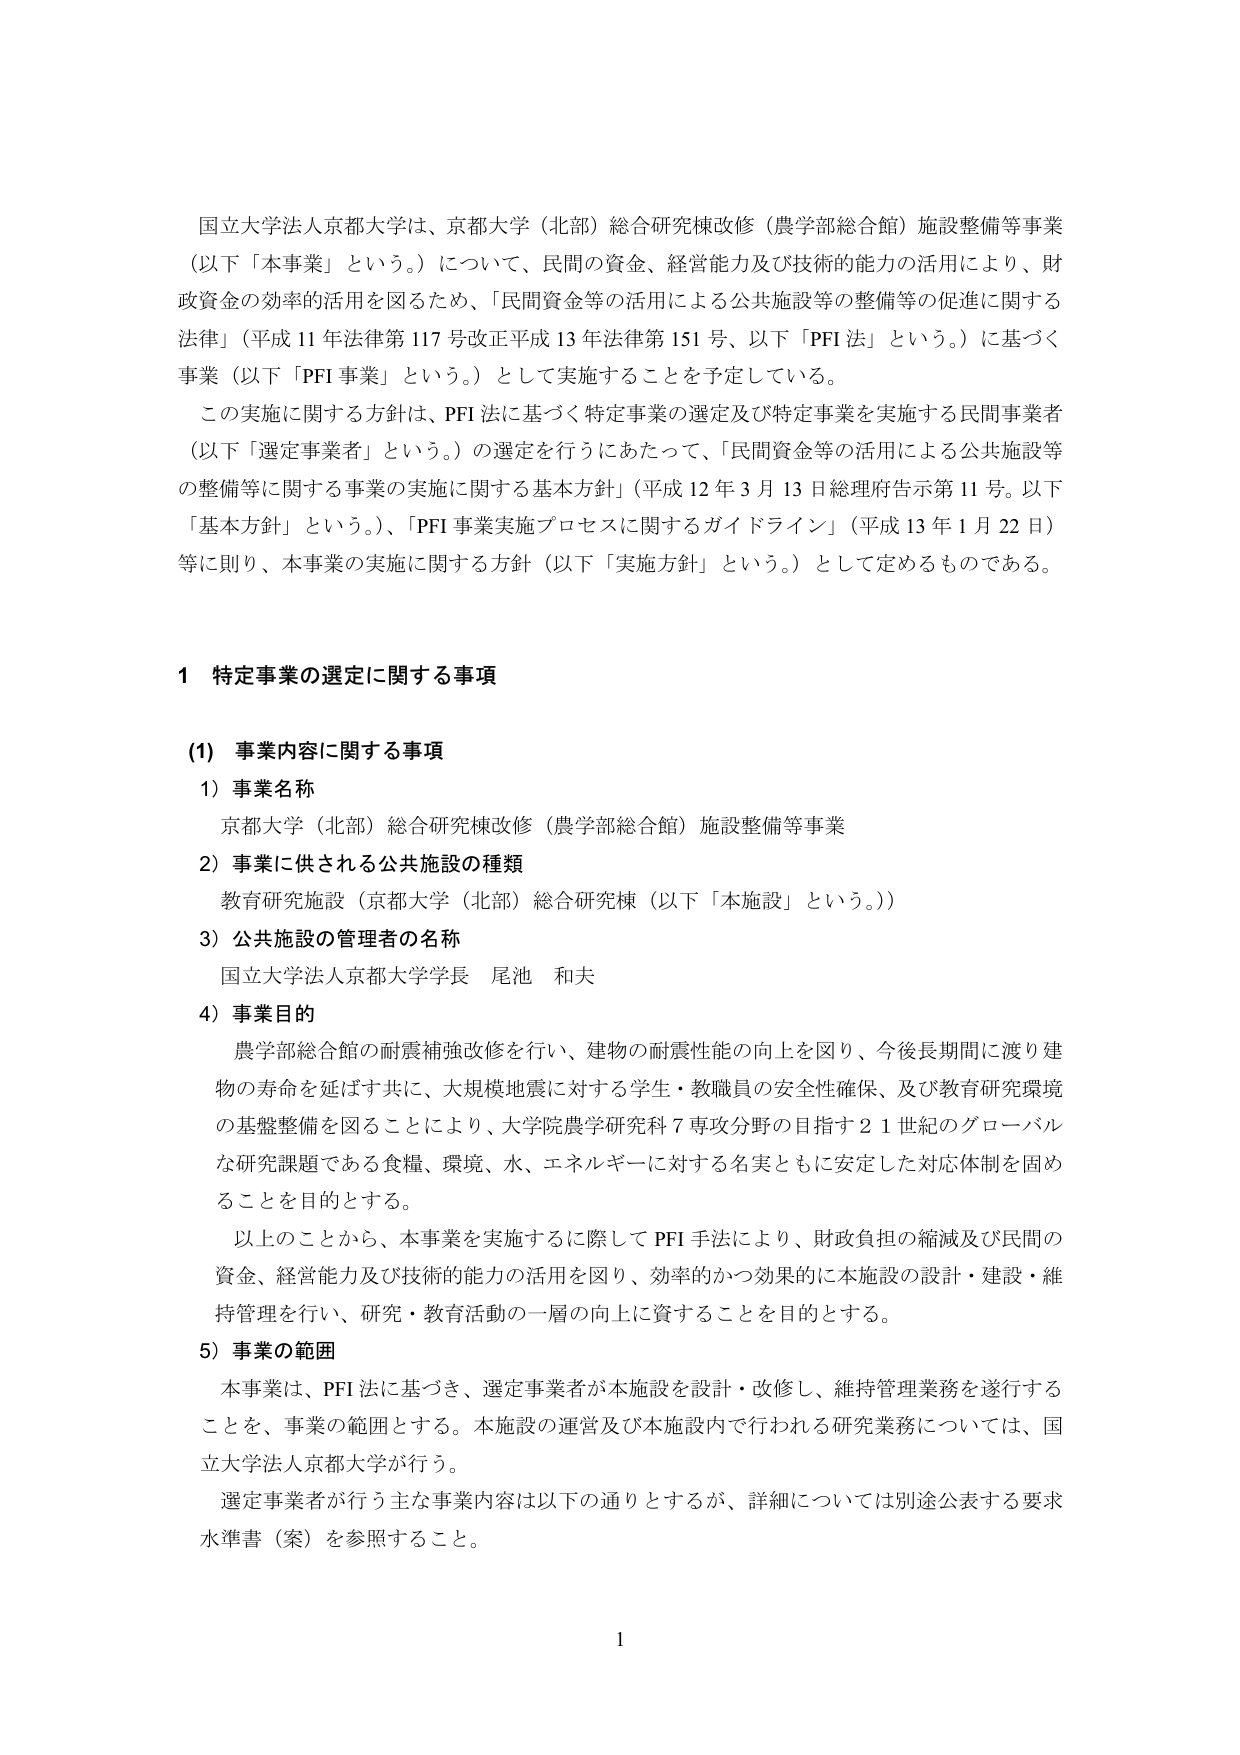
国立大学法人京都大学は、京都大学（北部）総合研究棟改修（農学部総合館）施設整備等事業（以下「本事業」という。）について、民間の資金、経営能力及び技術的能力の活用により、財政資金の効率的活用を図るため、「民間資金等の活用による公共施設等の整備等の促進に関する法律」（平成11年法律第117号改正平成13年法律第151号、以下「PFI法」という。）に基づく事業（以下「PFI事業」という。）として実施することを予定している。

この実施に関する方針は、PFI法に基づく特定事業の選定及び特定事業を実施する民間事業者（以下「選定事業者」という。）の選定を行うにあたって、「民間資金等の活用による公共施設等の整備等に関する事業の実施に関する基本方針」（平成12年3月13日総理府告示第11号。以下「基本方針」という。）、「PFI事業実施プロセスに関するガイドライン」（平成13年1月22日）等に則り、本事業の実施に関する方針（以下「実施方針」という。）として定めるものである。

1 特定事業の選定に関する事項

(1) 事業内容に関する事項

1) 事業名称
京都大学（北部）総合研究棟改修（農学部総合館）施設整備等事業

2) 事業に供される公共施設の種類
教育研究施設（京都大学（北部）総合研究棟（以下「本施設」という。））

3) 公共施設の管理者の名称
国立大学法人京都大学学長 尾池 和夫

4) 事業目的
農学部総合館の耐震補強改修を行い、建物の耐震性能の向上を図り、今後長期間に渡り建物の寿命を延ばす共に、大規模地震に対する学生・教職員の安全性確保、及び教育研究環境の基盤整備を図ることにより、大学院農学研究科7専攻分野の目指す21世紀のグローバルな研究課題である食糧、環境、水、エネルギーに対する名実ともに安定した対応体制を固めることを目的とする。

以上のことから、本事業を実施するに際してPFI手法により、財政負担の縮減及び民間の資金、経営能力及び技術的能力の活用を図り、効率的かつ効果的に本施設の設計・建設・維持管理を行い、研究・教育活動の一層の向上に資することを目的とする。

5) 事業の範囲
本事業は、PFI法に基づき、選定事業者が本施設を設計・改修し、維持管理業務を遂行することを、事業の範囲とする。本施設の運営及び本施設内で行われる研究業務については、国立大学法人京都大学が行う。

選定事業者が行う主な事業内容は以下の通りとするが、詳細については別途公表する要求水準書（案）を参照すること。

1